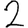
Digit: 2